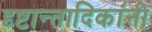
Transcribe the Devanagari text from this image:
दृष्टान्तादिकांनी